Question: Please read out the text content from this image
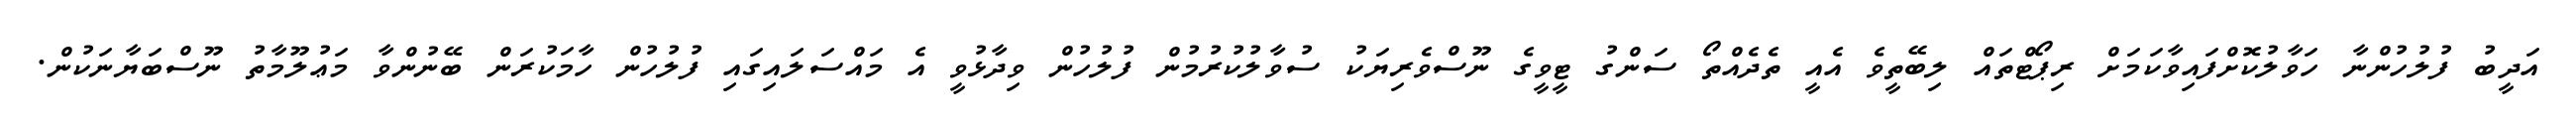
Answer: އަދީބު ފުލުހުންނާ ހަވާލުކޮށްފައިވާކަމަށް ރިޕޯޓްތައް ލިބޭތީވެ އެއީ ތެދެއްތޯ ސަންގު ޓީވީގެ ނޫސްވެރިޔަކު ސުވާލުކުރުމުން ފުލުހުން ވިދާޅުވީ އެ މައްސަލައިގައި ފުލުހުން ހާމަކުރަން ބޭނުންވާ މަޢުލޫމާތު ނޫސްބަޔާނަކުން.